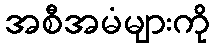
အစီအမံများကို